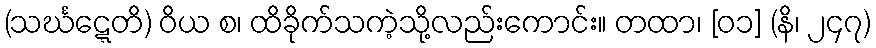
(သင်္ဃဋ္ဋေတိ) ဝိယ စ၊ ထိခိုက်သကဲ့သို့လည်းကောင်း။ တထာ၊ [၀၁] (နိ၊ ၂၄၇)